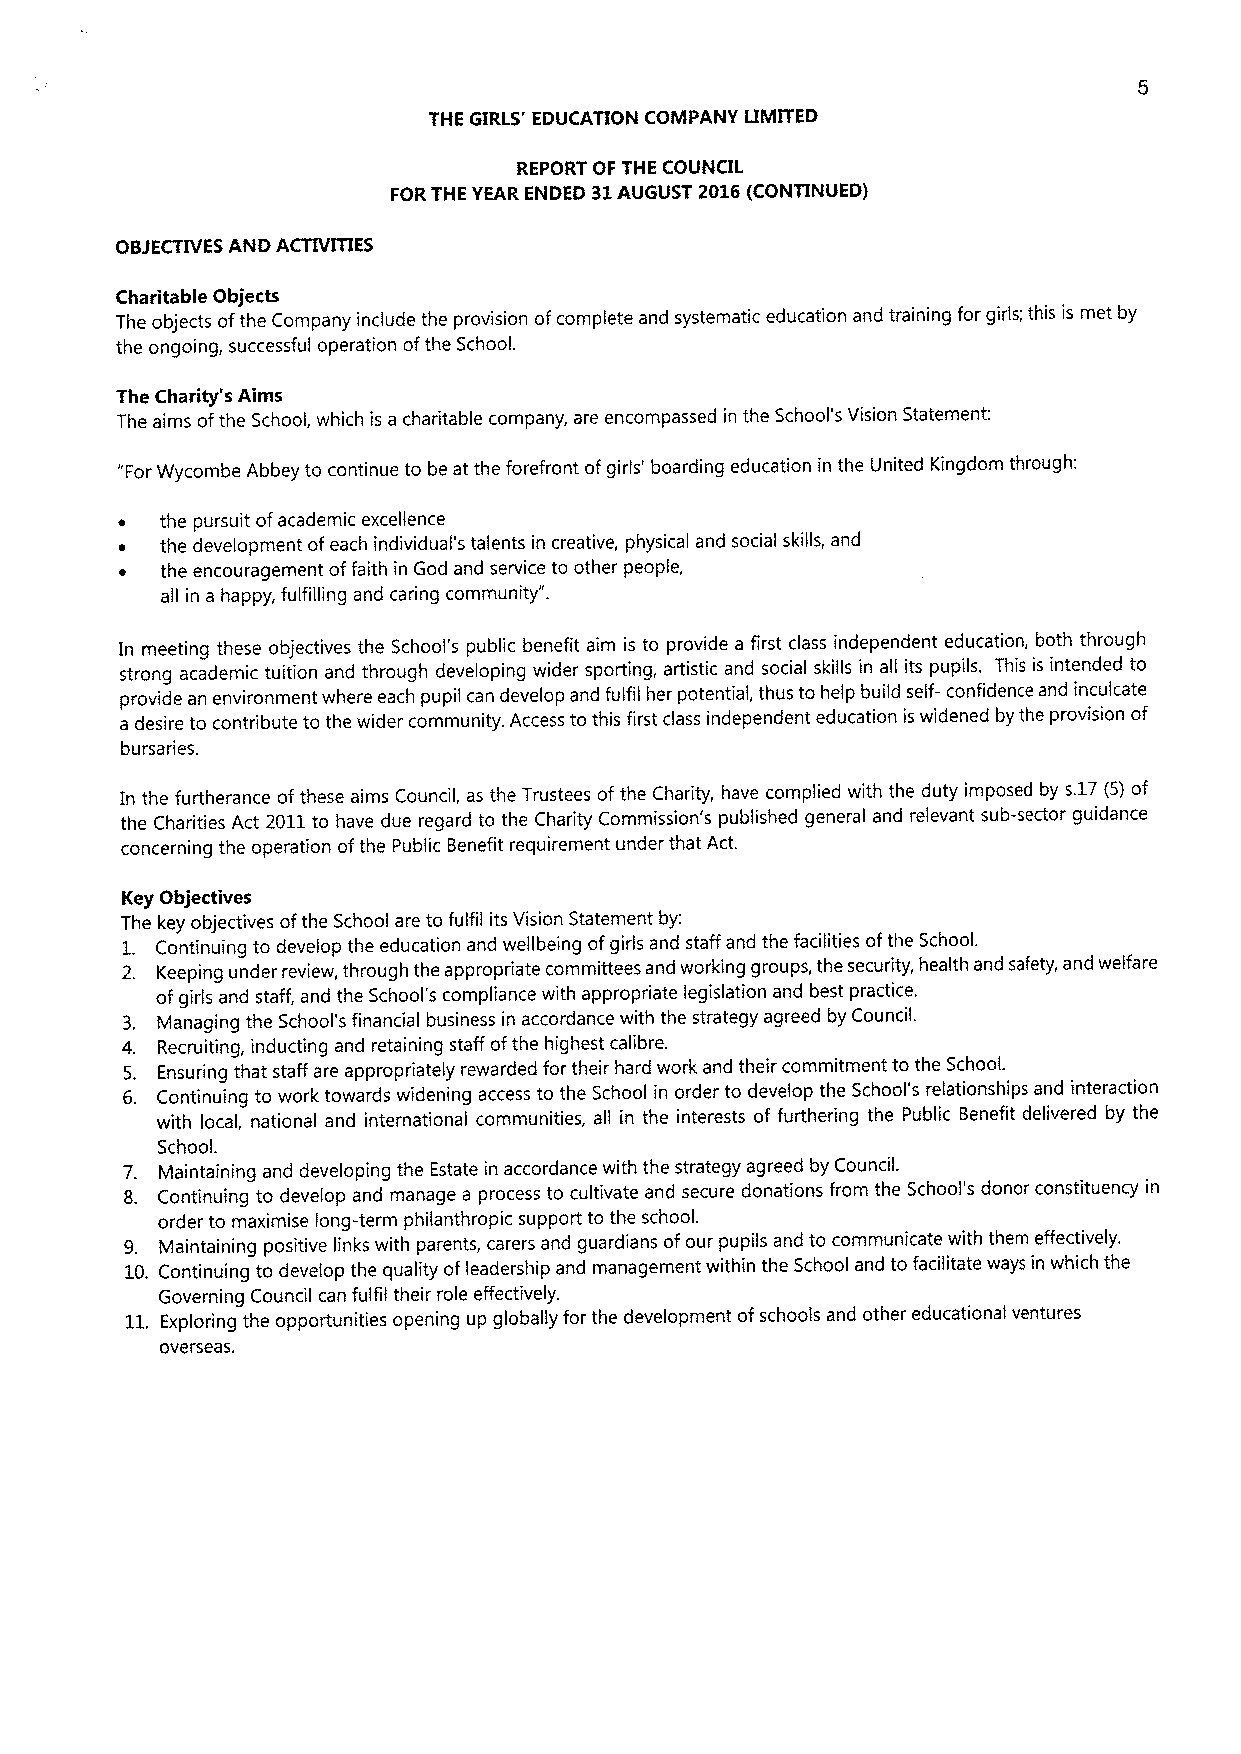
THE GIRLS' EDUCATION COMPANY LIMITED
 REPORT OF THE COUNCIL
 FORTHE YEAR ENDED 31AUGUST 2016(CONTINUED)
 OtuECTIVES AND ACTIVITIES
 Charitable Objects
 The objects ofthe Company include the provision ofcomplete and systematic education and training for girls; this is met by
 the ongoing, successful operation ofthe School.
 The Charity's Aims
 The aims ofthe School, which is a charitable company, are encompassed in the School's Vision Statement:
 "ForWycombe Abbey to continue to be at the forefront ofgirls' boarding education in the United Kingdom through:
 the pursuit ofacademic excellence
 the development ofeach individual's talents in creative, physical and social skills, and
 the encouragement offaith in God and service to other people,
 all in a happy, fulfilling and caring community".
 In meeting these objectives the School's public benefit aim is to provide a first class independent education, both through
 strong academic tuition and through developing wider sporting, artistic and social skills in all its pupils. This is intended to
 provide an environment where each pupil can develop and fulfil her potential, thus to help build self- confidence and inculcate
 a desire to contribute to the wider community. Access to this first class independent education iswidened by the provision of
 bursaries.
 In the furtherance ofthese aims Council, as the Trustees ofthe Charity, have complied with the duty imposed by s.17(5) of
 the Charities Act 2011to have due regard to the Charity Commission's published general and relevant sub-sector guidance
 concerning the operation ofthe Public Benefit requirement under that Act.
 Key Objectives
 The key objectives ofthe School are to fulfil its Vision Statement by:
 1. Continuing to develop the education and wellbeing ofgirls and staff and the facilities ofthe School.
 2. Keeping under review, through the appropriate committees and working groups, the security, health and safety, and welfare
 ofgirls and staff, and the School's compliance with appropriate legislation and best practice.
 3. Managing the School's financial business in accordance with the strategy agreed by Council.
 4. Recruiting, inducting and retaining staff ofthe highest calibre.
 5. Ensuring that staff are appropriately rewarded for their hard work and their commitment to the School.
 6. Continuing to work towards widening access to the School in order to develop the School's relationships and interaction
 with local, national and international communities, all in the interests of furthering the Public Benefit delivered by the
 School.
 7. Maintaining and developing the Estate in accordance with the strategy agreed by Council.
 8. Continuing to develop and manage a process to cultivate and secure donations from the School's donor constituency in
 order to maximise long-term philanthropic support to the school.
 9. Maintaining positive links with parents, carers and guardians ofour pupils and to communicate with them effectively.
 10. Continuing to develop the quality ofleadership and management within the School and to facilitate ways in which the
 Governing Council can fulfil their role effectively.
 11. Exploring the opportunities opening up globally for the development ofschools and other educational ventures
 overseas.